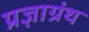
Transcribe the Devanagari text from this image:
प्रज्ञाग्रंथ